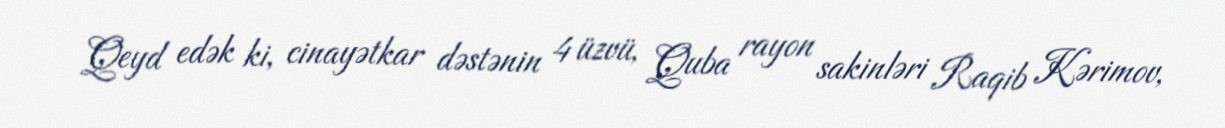
Qeyd edək ki, cinayətkar dəstənin 4 üzvü, Quba rayon sakinləri Raqib Kərimov,